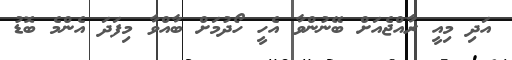
އަދި މިއީ ރާއްޖެއަށް ބޭނުންވާ އެހީ ހޯދުމަށް ބާއްވާ މިފަދަ އެންމެ ބޮޑު